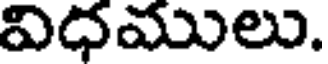
విధములు.